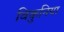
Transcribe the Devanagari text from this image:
विकुनिया